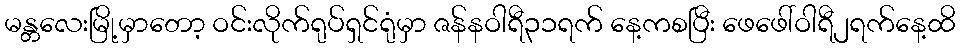
မန္တလေးမြို့မှာတော့ ဝင်းလိုက်ရုပ်ရှင်ရုံမှာ ဇန်နဝါရီ၃၁ရက် နေ့ကစပြီး ဖေဖေါ်ဝါရီ၂ရက်နေ့ထိ